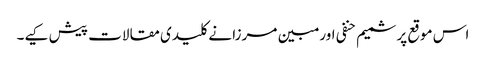
اس موقع پر شمیم حنفی اور مبین مرزا نے کلیدی مقالات پیش کیے۔